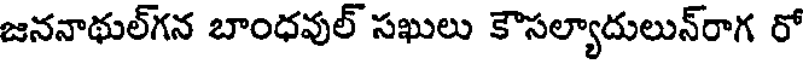
జననాథుల్గన బాంధవుల్ సఖులు కౌసల్యాదులున్రాగ రో